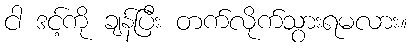
ငါ ဒင့်ကို ချန်ပြီး တက်လိုက်သွားရမလား။